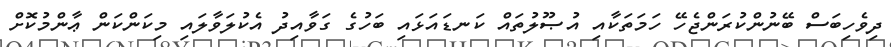
ދިވެހިބަސް ބޭނުންކުރަންޖެހޭ ހަމަތަކާއި އުޞޫލުތައް ކަނޑައަޅައި ބަހުގެ ގަވާއިދު އެކުލަވާލައި މިކަންކަން ޢާންމުކޮށް